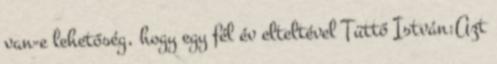
van-e lehetőség, hogy egy fél év elteltével Tüttő István:Azt